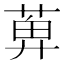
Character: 𬝕